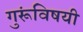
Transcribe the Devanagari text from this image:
गुरूंविषयी